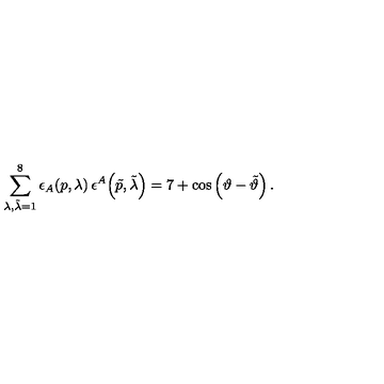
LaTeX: \sum _ { \lambda , \tilde { \lambda } = 1 } ^ { 8 } \epsilon _ { A } \! \left( p , \lambda \right) \epsilon ^ { A } \! \left( \tilde { p } , \tilde { \lambda } \right) = 7 + \cos \left( \vartheta - \tilde { \vartheta } \right) .